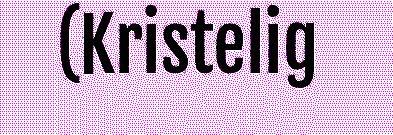
(Kristelig